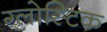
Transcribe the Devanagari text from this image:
ग्लोस्टिक